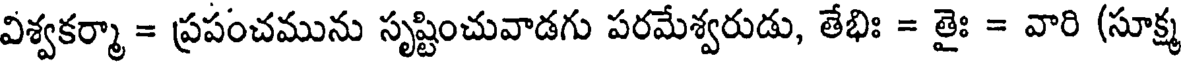
విశ్వకర్మా = ప్రపంచమును సృష్టించువాడగు పరమేశ్వరుడు, తేభిః = తైః = వారి (సూక్ష్మ